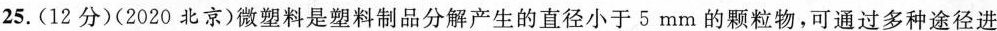
25.(12分)(2020北京)微塑料是塑料制品分解产生的直径小于5mm的颗粒物，可通过多种途径进